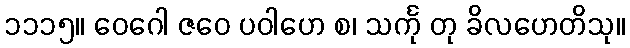
၁၁၁၅။ ဝေဂေါ ဇဝေ ပဝါဟေ စ၊ သင်္ကု တု ခိလဟေတိသု။